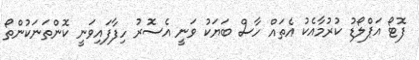
ފޮޓޯ އަޕްލޯޑު ކުރުމާއެކު އެތައް ހާސް ބަޔަކު ވަނީ އެސޮރު ހިފާފައިވަނީ ކޮންތަނަކުންތޯ